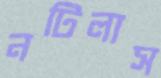
নটিলাস